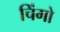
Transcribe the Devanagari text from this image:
चिंगो